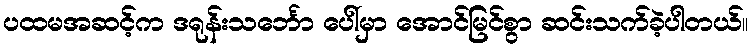
ပထမအဆင့်က ဒရုန်းသင်္ဘော ပေါ်မှာ အောင်မြင်စွာ ဆင်းသက်ခဲ့ပါတယ်။